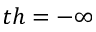
t h = - \infty